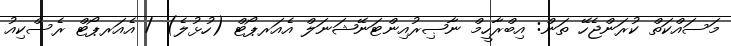
މަސައްކަތް ކުރަންޖެހޭ ތަން: އިބްރާހީމް ނާޞިރުއިންޓަނޭޝަނަލް އެއަރޕޯޓް (ހުޅުލެ) / އެއަރޕޯޓް ރެސްކިއު